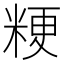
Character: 粳